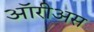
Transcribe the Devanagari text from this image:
ऑरीअस